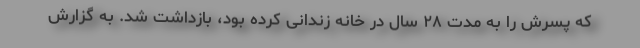
که پسرش را به مدت ۲۸ سال در خانه زندانی کرده بود، بازداشت شد. به گزارش